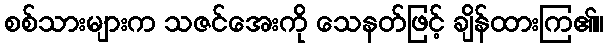
စစ်သားများက သဇင်အေးကို သေနတ်ဖြင့် ချိန်ထားကြ၏။